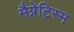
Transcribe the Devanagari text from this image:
मैग्नेटिस्म